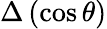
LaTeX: \Delta\left(\cos\theta\right)